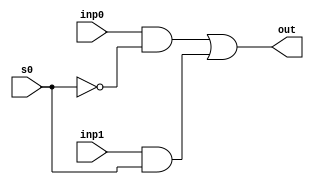
module mux2_5 (
    input inp0,
    input inp1,
    input s0,
    output reg out
  );
  
  
  
  always @* begin
    out = (inp0 & (~s0)) | (inp1 & s0);
  end
endmodule